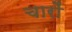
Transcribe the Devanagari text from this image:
चारों